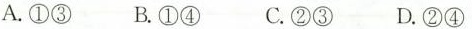
A.①③ B.①④ C.②③ D.②④